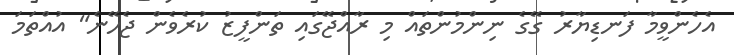
އެހެންވީމާ ފަނޑިޔާރު ގޭގެ ނިންމުންތައް މި ރާއްޖޭގައި ތަންފީޒު ކުރެވެން ޖެހޭނެ" އުއްތަމަ